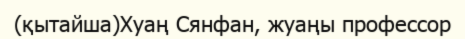
(қытайша)Хуаң Сянфан, жуаңы профессор